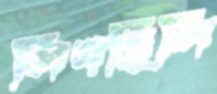
লিখছিলি